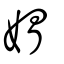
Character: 媢